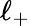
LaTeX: \ell_{+}